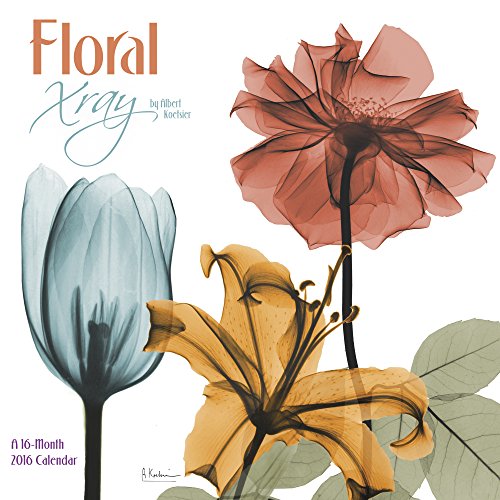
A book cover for Floral Xray Wall Calendar (2016); Day Dream; Calendars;